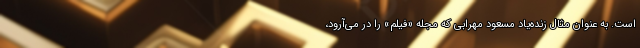
است. به عنوان مثال زنده‌یاد مسعود مهرابی که مجله «فیلم» را در می‌آرود،